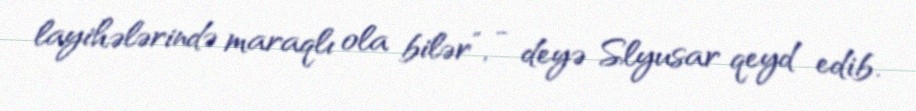
layihələrində maraqlı ola bilər”, - deyə Slyusar qeyd edib.